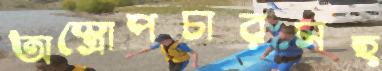
অস্ত্রোপচারসহ